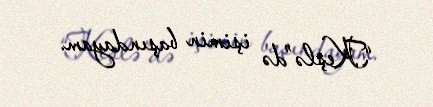
“Keşlə”də işimin başındayam.